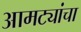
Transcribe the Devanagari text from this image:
आमट्यांचा